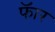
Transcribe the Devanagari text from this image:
फॅार